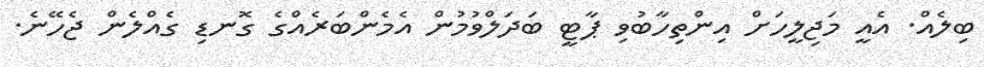
ބިލެއް. އެއީ މަޖިލީހަށް އިންތިހާބުވި ޕާޓީ ބަދަލްވުމުން އެމެންބަރެއްގެ ގޮނޑި ގެއްލެން ޖެހޭނެ.